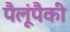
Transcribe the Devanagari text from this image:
पैलूंपैकी